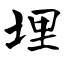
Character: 埋